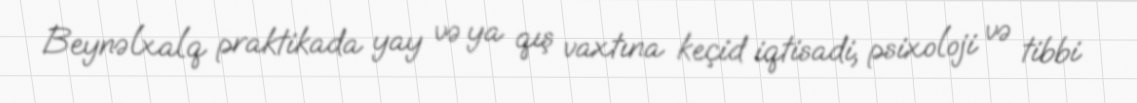
Beynəlxalq praktikada yay və ya qış vaxtına keçid iqtisadi, psixoloji və tibbi